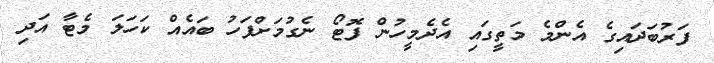
ފަރުބަދައިގެ އެންމެ މަތީގައި އެދެމީހުން ފޮޓޯ ނެގުމަށްފަހު ބައެއް ކަހަލަ މެޓާ އަދި